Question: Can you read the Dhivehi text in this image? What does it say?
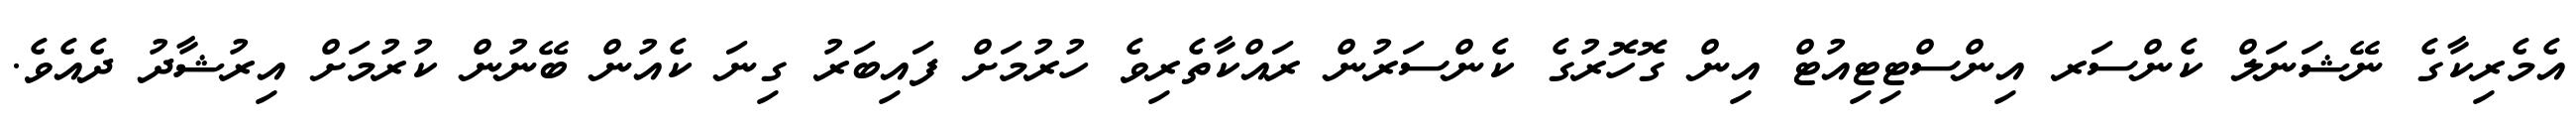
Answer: އެމެރިކާގެ ނޭޝަނަލް ކެންސަރ އިންސްޓިޓިއުޓް އިން ގޮހޮރުގެ ކެންސަރުން ރައްކާތެރިވެ ހުރުމަށް ފައިބަރު ގިނަ ކެއުން ބޭނުން ކުރުމަށް އިރުޝާދު ދެއެވެ.